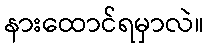
နားထောင်ရမှာလဲ။